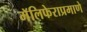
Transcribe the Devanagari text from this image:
मॅलिफेराप्रमाणे